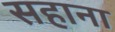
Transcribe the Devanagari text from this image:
सहाना